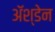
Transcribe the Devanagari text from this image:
ॲश्डेन